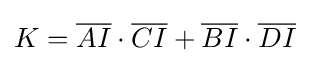
K={\overline {AI}}\cdot {\overline {CI}}+{\overline {BI}}\cdot {\overline {DI}}